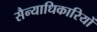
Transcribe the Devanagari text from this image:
सैन्याधिकारियों